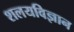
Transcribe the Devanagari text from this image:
शलयविज्ञान